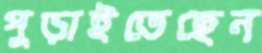
পুড়াইতেছেন